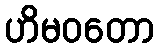
ဟိမဝတော